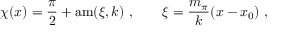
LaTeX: \chi ( x ) = \frac { \pi } { 2 } + \mathrm { a m } ( \xi , k ) \ , \qquad \xi = \frac { m _ { \pi } } { k } ( x - x _ { 0 } ) \ ,